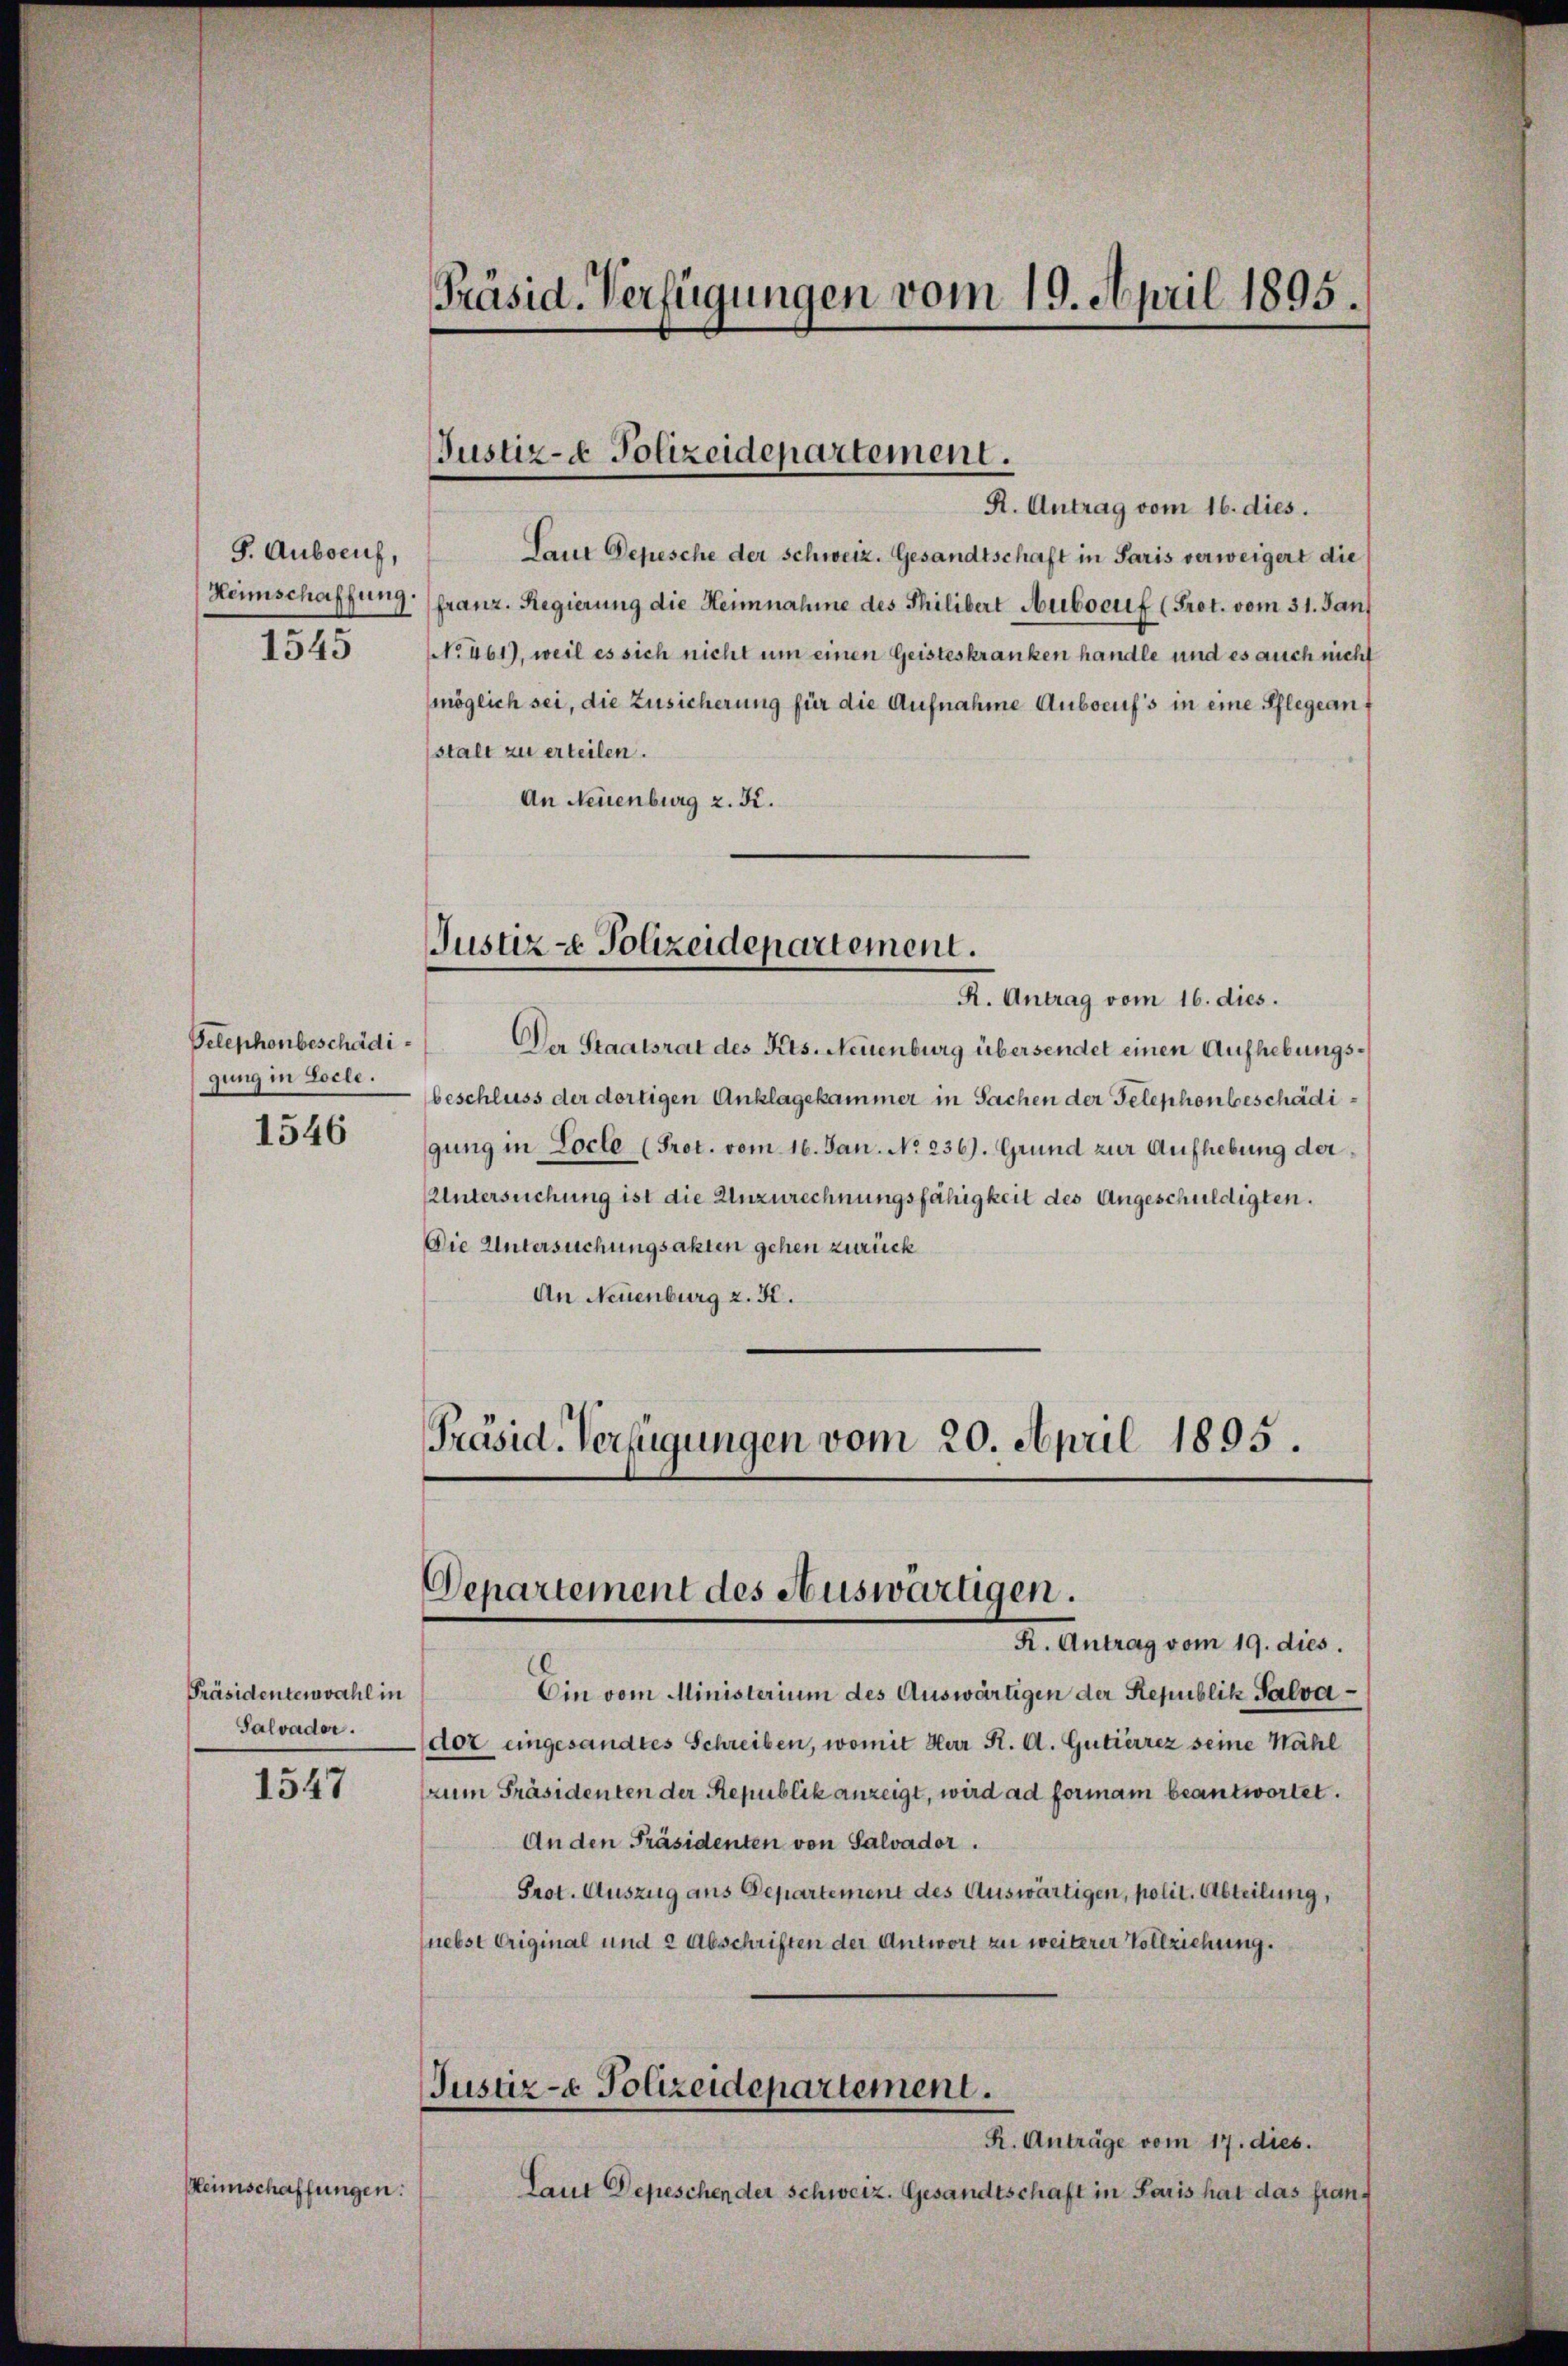
Präsid. Verfügungen vom 19. April 1895.

Justiz- & Polizeidepartement.

R. Antrag vom 16. dies.
Seue Depesche der Schweiz. Gesandtschaft in Paris verweigert die
franz. Regierung die Heinnahme des Philibert Auboeuf (Prot. vom 31. Jan
NNo. 461), weil es sich nicht um einen Geisteskranken handle und es auch nicht
möglich sei, die Zusicherung für die Aufnahme Aubocuf's in eine Pflegeanstalt zu erteilen.
An Neuenburg z. K.

S. Auboeuh,
Heimschaffung.
1545

Justiz- & Polizeidepartement.

R. Antrag vom 16. dies.
Der Staatsrat des Kts. Neuenburg übersendet einen Aufhebungsbeschluss der dortigen Anklagekammer in Sachen der Telephonbeschädigung in Locle (Prot. vom 16. Jan. No. 236). Grund zur Aufhebung der¬
Untersuchung ist die Unzurechnungsfähigkeit des Angeschuldigten.
Die Untersuchungsakten gehen zurück
An Neuenburg z. K.
Präsid. Verfügungen vom 20. April 1895.

Telephonbeschädigung in Zoele.
1546

Departement des Auswärtigen.

R. Antrag vom 19. dies.
Ein vom Ministerium des Auswärtigen der Republik Salvador eingesandtes Schreiben, womit Herr K. A. Gutierrez seine Nähl
zum Präsidenten der Republik anzeigt, wird ad formam beantwortet.
An den Präsidenten von Salvador.
Prot. Auszug aus Departement des Auswärtigen, polit. Abteilung,
nebst Original und 2 Abschriften der Antwort zu weiterer Vollziehung.
Justiz- & Polizeidepartement.
R. Anträge vom 17. dies.
Laut Depeschen der Schweiz. Gesandtschaft in Paris hat das fran¬

Präsidentenwahl in
Salvader.

1547

Heimschaffungen: